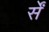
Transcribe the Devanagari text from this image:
र्सें